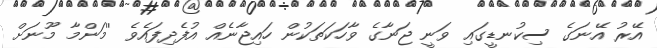
އޭރު އޭނަގެ ސިކުނޑީގައި ވަނީ ޖަނާގެ ވާހަކަތަކުން ހައިޖާނެއް އުފެދިފައެވެ ''މަންމާ މޫނަށް